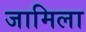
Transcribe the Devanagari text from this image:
जामिला